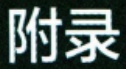
附录